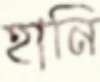
হানি